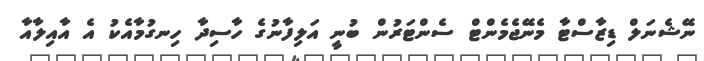
ނޭޝެނަލް ޑިޒާސްޓާ މެނޭޖެމެންޓް ސެންޓަރުން ބުނީ އަލިފާނުގެ ހާސިދާ ހިނގުމާއެކު އެ އާއިލާއާ